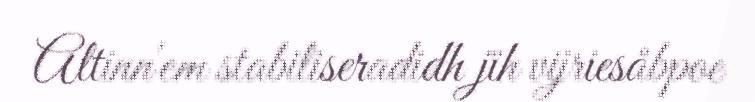
Altinn'em stabiliseradidh jïh vijriesåbpoe